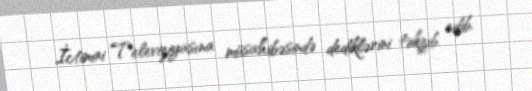
İctimai Televiziyasına müsahibəsində dediklərini təkzib edib.